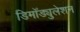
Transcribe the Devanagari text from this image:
डिमॉड्युलेशन